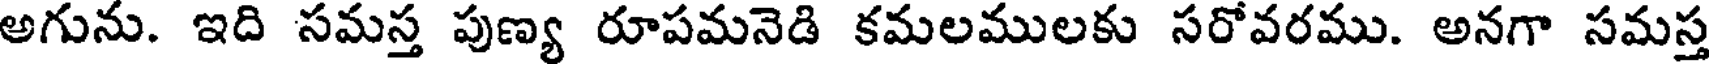
అగును. ఇది సమస్త పుణ్య రూపమనెడి కమలములకు సరోవరము. అనగా సమస్త